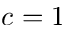
c = 1